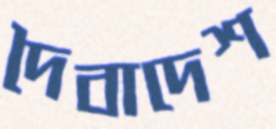
দৈবাদেশ